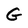
Character: G